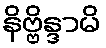
နိဗ္ဗိန္ဒာမိ